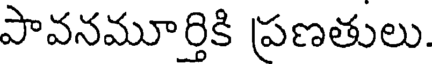
పావనమూర్తికి ప్రణతులు.